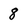
Character: 8